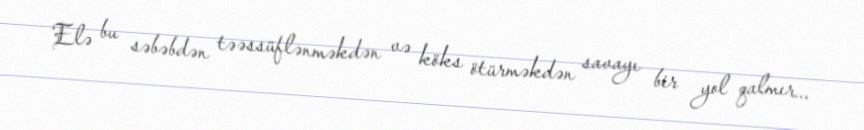
Elə bu səbəbdən təəssüflənməkdən və köks ötürməkdən savayı bir yol qalmır...